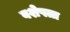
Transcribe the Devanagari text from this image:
वशेषता